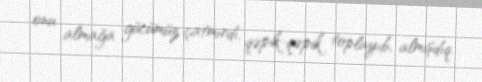
onu almağa gücümüz çatmırdı, qəpik-qəpik toplayıb, almışdıq.